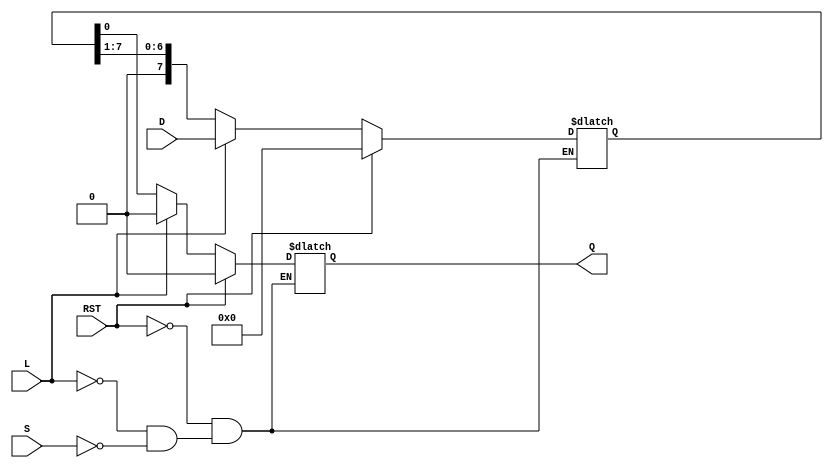
module async_piso #(
    parameter N = 8  // Number of bits in the register
)(
    input wire [N-1:0] D,      // Parallel data input
    input wire L,               // Load control signal
    input wire S,               // Shift control signal
    input wire RST,             // Asynchronous reset signal
    output reg Q                // Serial output
);

    reg [N-1:0] shift_reg;      // Shift register to hold the data

    always @(*) begin
        if (RST) begin
            shift_reg <= {N{1'b0}}; // Reset the shift register
            Q <= 1'b0;              // Reset output
        end else if (L) begin
            shift_reg <= D;         // Load data into the shift register
            Q <= 1'b0;              // Output is invalid until shifted
        end else if (S) begin
            Q <= shift_reg[0];      // Output the first bit
            shift_reg <= {1'b0, shift_reg[N-1:1]}; // Shift left
        end
    end

endmodule